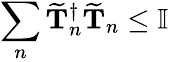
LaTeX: \sum_{n}\mathbf{\widetilde{T}}_{n}^{\dagger}\mathbf{\widetilde{T}}_{n}\leq\mathbb{I}